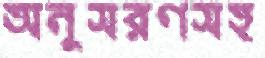
অনুসরণসহ